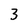
Character: 3